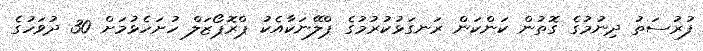
ފުރުސަތު ދިނުމުގެ ގޮތުން ކަންކަން ރަނގަޅުކުރުމުގެ ޕްލޭނަކާއެކު ޕްރޮޕޯޒަލް ހުށަހެޅުމަށް 30 ދުވަހުގެ